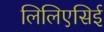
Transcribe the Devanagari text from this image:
लिलिएसिई